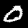
Label: 0